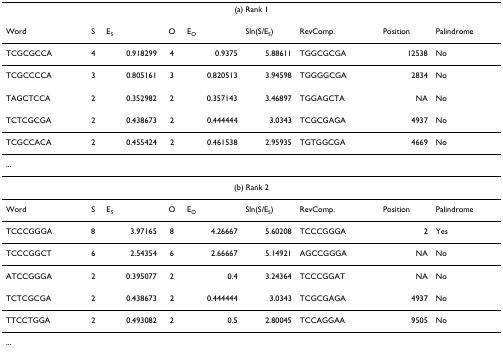
| <COLSPAN=9> (a) Rank 1 |
 | --- | --- | --- | --- | --- | --- | --- | --- | --- |
 | Word | S | ES | O | EO | Sln(S/ES) | RevComp. | Position | Palindrome |
 | TCGCGCCA | 4 | 0.918299 | 4 | 0.9375 | 5.88611 | TGGCGCGA | 12538 | No |
 | TCGCCCCA | 3 | 0.805161 | 3 | 0.820513 | 3.94598 | TGGGGCGA | 2834 | No |
 | TAGCTCCA | 2 | 0.352982 | 2 | 0.357143 | 3.46897 | TGGAGCTA | NA | No |
 | TCTCGCGA | 2 | 0.438673 | 2 | 0.444444 | 3.0343 | TCGCGAGA | 4937 | No |
 | TCGCCACA | 2 | 0.455424 | 2 | 0.461538 | 2.95935 | TGTGGCGA | 4669 | No |
 | ... |  |  |  |  |  |  |  |  |
 | <COLSPAN=9> (b) Rank 2 |
 | Word | S | ES | O | EO | Sln(S/ES) | RevComp. | Position | Palindrome |
 | TCCCGGGA | 8 | 3.97165 | 8 | 4.26667 | 5.60208 | TCCCGGGA | 2 | Yes |
 | TCCCGGCT | 6 | 2.54354 | 6 | 2.66667 | 5.14921 | AGCCGGGA | NA | No |
 | ATCCGGGA | 2 | 0.395077 | 2 | 0.4 | 3.24364 | TCCCGGAT | NA | No |
 | TCTCGCGA | 2 | 0.438673 | 2 | 0.444444 | 3.0343 | TCGCGAGA | 4937 | No |
 | TTCCTGGA | 2 | 0.493082 | 2 | 0.5 | 2.80045 | TCCAGGAA | 9505 | No |
 | ... |  |  |  |  |  |  |  |  |